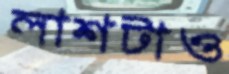
লাশটাও